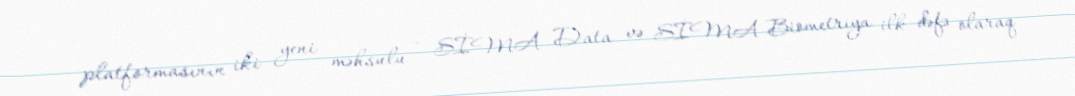
platformasının iki yeni məhsulu – SİMA Data və SİMA Biometriya ilk dəfə olaraq